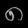
Digit: ၈